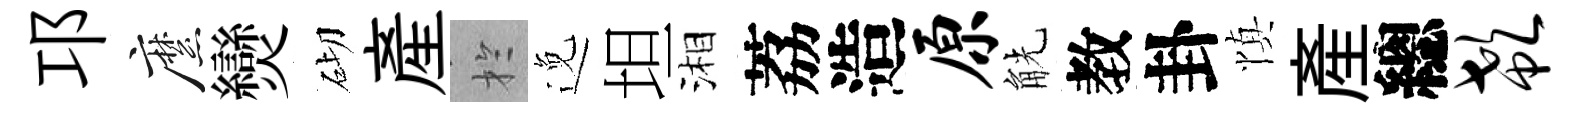
邛縻𤓖砌産扵𨓜坦湘荔造原觥教卦慎産總欷